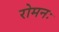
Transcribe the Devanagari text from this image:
रोमनः